Calcutta medical institutions reports 1871-78
Year: 1871
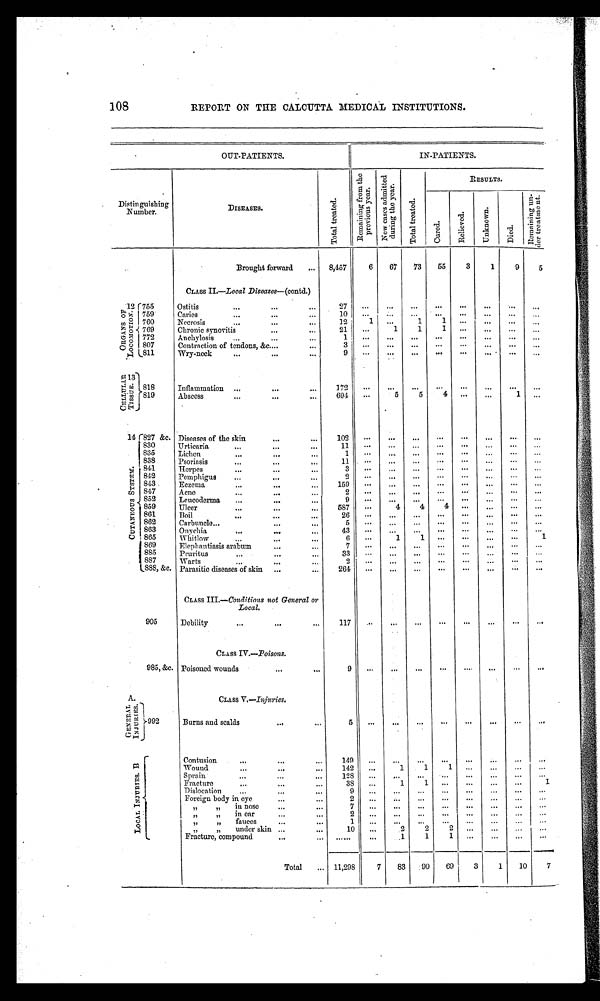
108
REPORT ON THE CALCUTTA. MEDICAL INSTITUTIONS.
OUT-PATIENTS.
IN-PATIENTS.
D i s t i n g u i s h i n g
Number.
DISEASES.
To t a l t r e a t e d .
R e m a i n i n g f r o m t h e p r e v i o u s y e a r .
N e w c a s e s a d m i t t e d d u r i n g t h e y e a r .
T o t a l t r e a t e d .
RESULTS.
Cured.
Rel i eved.
Unknown.
Died.
R e ma i n i n g u n - d e r t r e a t me n t .
Brought forward
8,457
6
67
73
55
3
1
9
5
CLASS II.—Local Diseases—(contd.)
1 2
O R G A N S O F L O C O M O T I O N .
755
Ostitis
27
...
...
...
. . .
. . .
...
. . . ...
759
Caries
10
...
. . .
. . .
. . . ...
...
. . .
...
760
Necrosis
12
1
...
1
1 ...
...
...
...
769
Chronic synovitis
21
...
1
1
1
...
...
...
...
772
Anchylosis
1 ...
...
...
...
...
...
...
...
807
Contraction of tendons, &c.
3
...
...
...
...
...
...
...
...
811
Wry-neck
9
...
...
...
. . .
...
. . .
. . . ...
1 3
C E L L U L A R T I S S U E
818
Inflammation
172
...
...
...
. . .
. . .
. . .
. . .
...
819
Abscess
694
...
5
5
4
...
...
1
...
1 4
C U T A N E O U S S Y S T E M .
8 2 7 & c . Diseases of the skin
102
...
. . .
...
...
...
...
...
...
830
Urticaria
11
...
...
. . . ...
. . . ...
... ...
835
Lichen
1
...
...
...
...
. . .
...
... ...
838
Psoriasis
11 ...
...
...
. . . ...
...
...
...
841
Herpes
3
...
...
...
...
...
...
...
...
842
Pemphigus
2
...
...
. . .
. . .
. . .
. . . ...
...
843
Eczema
159
...
...
...
...
...
...
... ...
847
Acne
2
...
...
. . . ...
. . . ...
...
...
852
Leucoderma
9
...
...
...
...
. . .
...
...
...
859
Ulcer
587
...
4
4
4 ...
...
...
...
861
B o i l
26
...
...
...
...
...
...
... ...
862
Carbuncle
5
...
...
. . . ...
...
. . .
. . . ...
863
Onychia
43
...
...
...
...
. . .
...
...
...
865
Whitlow
6
...
1
1
...
...
...
... 1
869
Elephantiasis arabum
7
...
...
...
...
...
...
...
...
885
Pruritus
33
...
. . . ...
...
...
. . .
... ...
887
Warts
2
...
...
...
...
. . . ...
. . .
. . .
888,&c. Parasitic diseases of skin
264 ...
...
...
. . .
...
...
. . .
...
CLASS III.— Conditions not General or
Local.
905
Debility
117 ...
...
...
...
...
...
...
. . .
CLASS IV.—Poisons.
985, &c. Poisoned wounds
9
. . .
...
...
...
...
. . .
...
...
CLASS V.—Injuries.
A .
G E N E R A L I N J U R I E S . 992
Burns and scalds
5
...
...
...
...
...
...
. . .
. . .
B .
L O C A L I N J U R I E S .
Contusion
149
...
...
...
...
. . .
. . .
. . .
...
Wound
142
...
1
1
1
...
...
...
Sprain
128
. . .
. . .
...
...
...
...
...
...
Fracture
38
...
1
1
...
. . .
. . .
. . .
1
Dislocation
9
...
...
. . .
. . .
...
. . .
...
. . .
Foreign body in eye
2
...
. . .
...
...
...
...
...
. . .
, , , , i n n o s e
7
...
...
...
...
...
...
...
. . .
,,
,,
in ear
2
...
...
. . .
...
...
. . .
...
. . .
,,
,,
fauces
1
...
. . .
. . .
...
...
...
. . .
. . .
„
, , u n d e r s k i n
10
...
22
2
...
...
. . .
. . .
Fracture, compound
......
...
1
1
1
. . .
...
...
...
Total
11,298 7
83
90
69
3
1
10
7